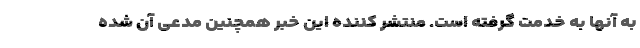
به آنها به خدمت گرفته است. منتشر کننده این خبر همچنین مدعی آن شده